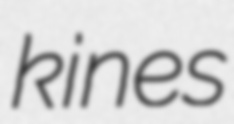
kines